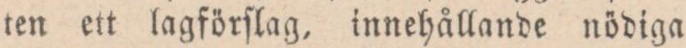
ten ett lagförſlag, innehållande nödiga